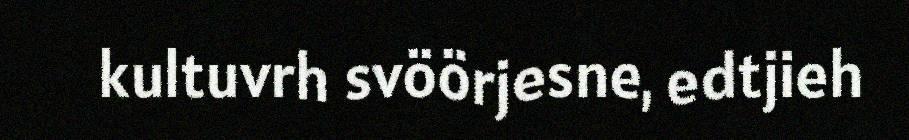
kultuvrh svöörjesne, edtjieh